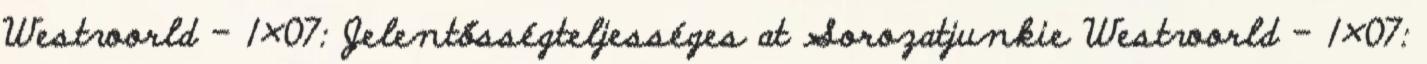
Westworld – 1×07: Jelentősségteljességes at Sorozatjunkie Westworld – 1×07: